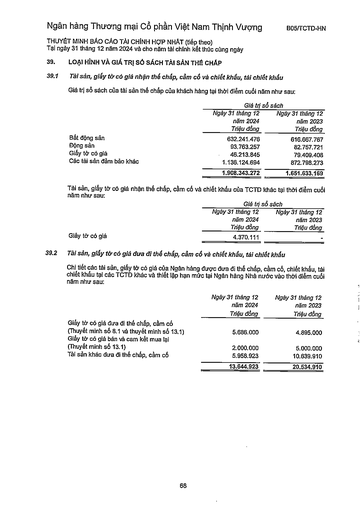
||Giá trị|Số sách| |---|---|---| ||Ngày 31 tháng 12 năm 2024 Triệu đồng|Ngày 31 tháng 12 năm 2023 Triệu đồng| |Bất động sản|632.241.476|616.667.767| |Động sản|93.763.257|82.757.721| |Giấy tờ có giá|46.213.845|79.409.408| |Các tài sản đảm bảo khác|1.136.124.694|872.798.273| ||1.908.343.272|1.651.633.169| ||Giá trị|Số sách| |---|---|---| ||Ngày 31 tháng 12 năm 2024 Triệu đồng|Ngày 31 tháng 12 năm 2023 Triệu đồng| |Giấy tờ có giá|4.370.111|| ||Ngày 31 tháng 12 năm 2024 Triệu đồng|Ngày 31 tháng 12 năm 2023 Triệu đồng| |---|---|---| |Giấy tờ có giá đưa đi thế chấp, cầm cố (Thuyết minh số 8.1 và thuyết minh số 13.1)|5.686.000|4.895.000| |Giấy tờ có giá bán và cam kết mua lại (Thuyết minh số 13.1)|2.000.000|5.000.000| |Tài sản khác đưa đi thế chấp, cầm cố|5.958.923|10.639.910| ||13.644.923|20.534.910|